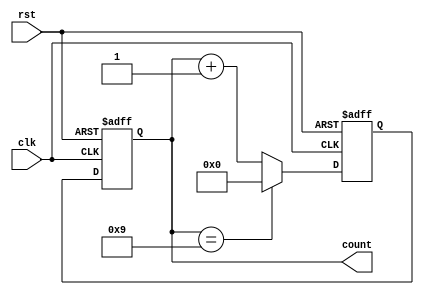
module DecadeCounter(
    input wire clk,
    input wire rst,
    output reg [3:0] count
);

// Define internal signals
reg [3:0] next_count;

// State transition logic
always @(posedge clk or posedge rst) begin
    if (rst) begin
        next_count <= 4'b0000;
    end else begin
        if (count == 4'b1001) begin
            next_count <= 4'b0000;
        end else begin
            next_count <= count + 1;
        end
    end
end

// Output logic
always @(posedge clk or posedge rst) begin
    if (rst) begin
        count <= 4'b0000;
    end else begin
        count <= next_count;
    end
end

endmodule